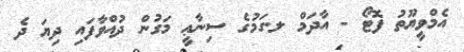
އެމްވީޔޫތު ފޮޓޯ - އާދަމް ލ.ގަމުގެ ސިނާޢީ މަގުން ދުއްވާފައި ދިޔަ ދެ